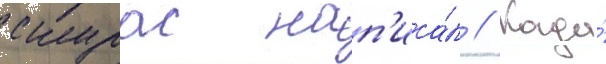
скурас нап'иса́л // Когда́